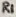
Text: R1